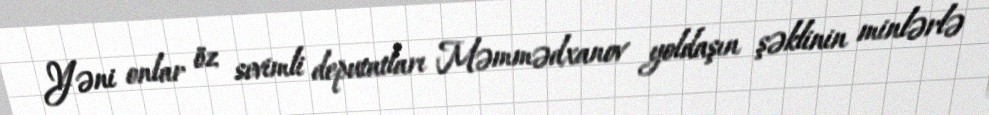
Yəni onlar öz sevimli deputatları Məmmədxanov yoldaşın şəklinin minlərlə